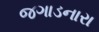
જગાડનારા